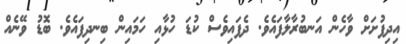
އިދިފުށަށް ވާހެން އަނބުރާލާފައެވެ. ދެފައިވެސް ކުޑަ ހުޅާއި ހަމައިން ބިނދިފައެވެ. ބޮޑު ވޭނެއް